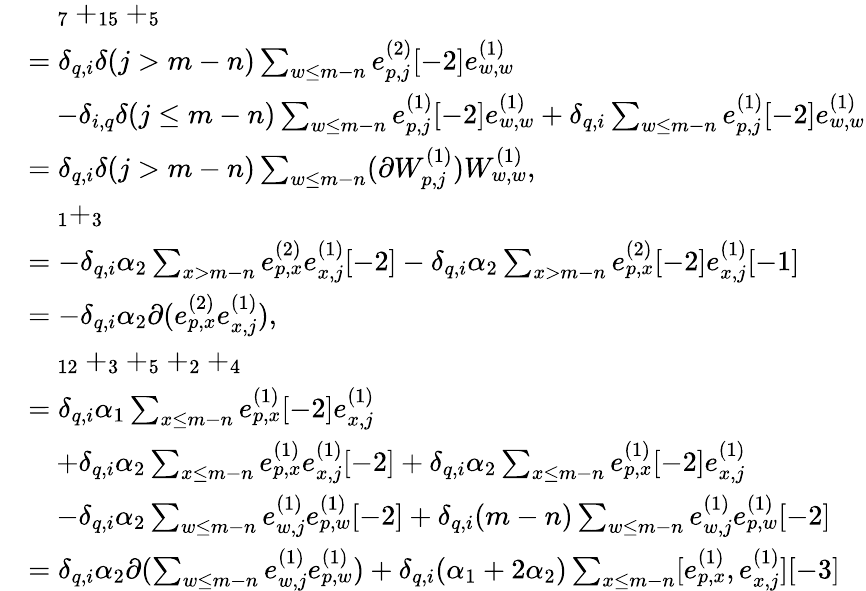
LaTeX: \begin{array}{rl}&{\quad_{7}+_{15}+_{5}}\\ &{=\delta_{q,i}\delta(j>m-n)\sum_{\substack{w\leq m-n}}e_{p,j}^{(2)}[-2]e_{w,w}^{(1)}}\\ &{\quad-\delta_{i,q}\delta(j\leq m-n)\sum_{w\leq m-n}e_{p,j}^{(1)}[-2]e_{w,w}^{(1)}+\delta_{q,i}\sum_{w\leq m-n}e_{p,j}^{(1)}[-2]e_{w,w}^{(1)}}\\ &{=\delta_{q,i}\delta(j>m-n)\sum_{\substack{w\leq m-n}}(\partial W_{p,j}^{(1)})W_{w,w}^{(1)},}\\ &{\quad_{1}+_{3}}\\ &{=-\delta_{q,i}\alpha_{2}\sum_{x>m-n}e_{p,x}^{(2)}e_{x,j}^{(1)}[-2]-\delta_{q,i}\alpha_{2}\sum_{x>m-n}e_{p,x}^{(2)}[-2]e_{x,j}^{(1)}[-1]}\\ &{=-\delta_{q,i}\alpha_{2}\partial(e_{p,x}^{(2)}e_{x,j}^{(1)}),}\\ &{\quad_{12}+_{3}+_{5}+_{2}+_{4}}\\ &{=\delta_{q,i}\alpha_{1}\sum_{x\leq m-n}e_{p,x}^{(1)}[-2]e_{x,j}^{(1)}}\\ &{\quad+\delta_{q,i}\alpha_{2}\sum_{x\leq m-n}e_{p,x}^{(1)}e_{x,j}^{(1)}[-2]+\delta_{q,i}\alpha_{2}\sum_{x\leq m-n}e_{p,x}^{(1)}[-2]e_{x,j}^{(1)}}\\ &{\quad-\delta_{q,i}\alpha_{2}\sum_{w\leq m-n}e_{w,j}^{(1)}e_{p,w}^{(1)}[-2]+\delta_{q,i}(m-n)\sum_{w\leq m-n}e_{w,j}^{(1)}e_{p,w}^{(1)}[-2]}\\ &{=\delta_{q,i}\alpha_{2}\partial(\sum_{w\leq m-n}e_{w,j}^{(1)}e_{p,w}^{(1)})+\delta_{q,i}(\alpha_{1}+2\alpha_{2})\sum_{x\leq m-n}[e_{p,x}^{(1)},e_{x,j}^{(1)}][-3]}\end{array}